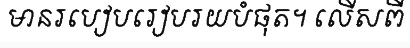
មានរបៀបរៀបរយបំផុត។ លើសពី